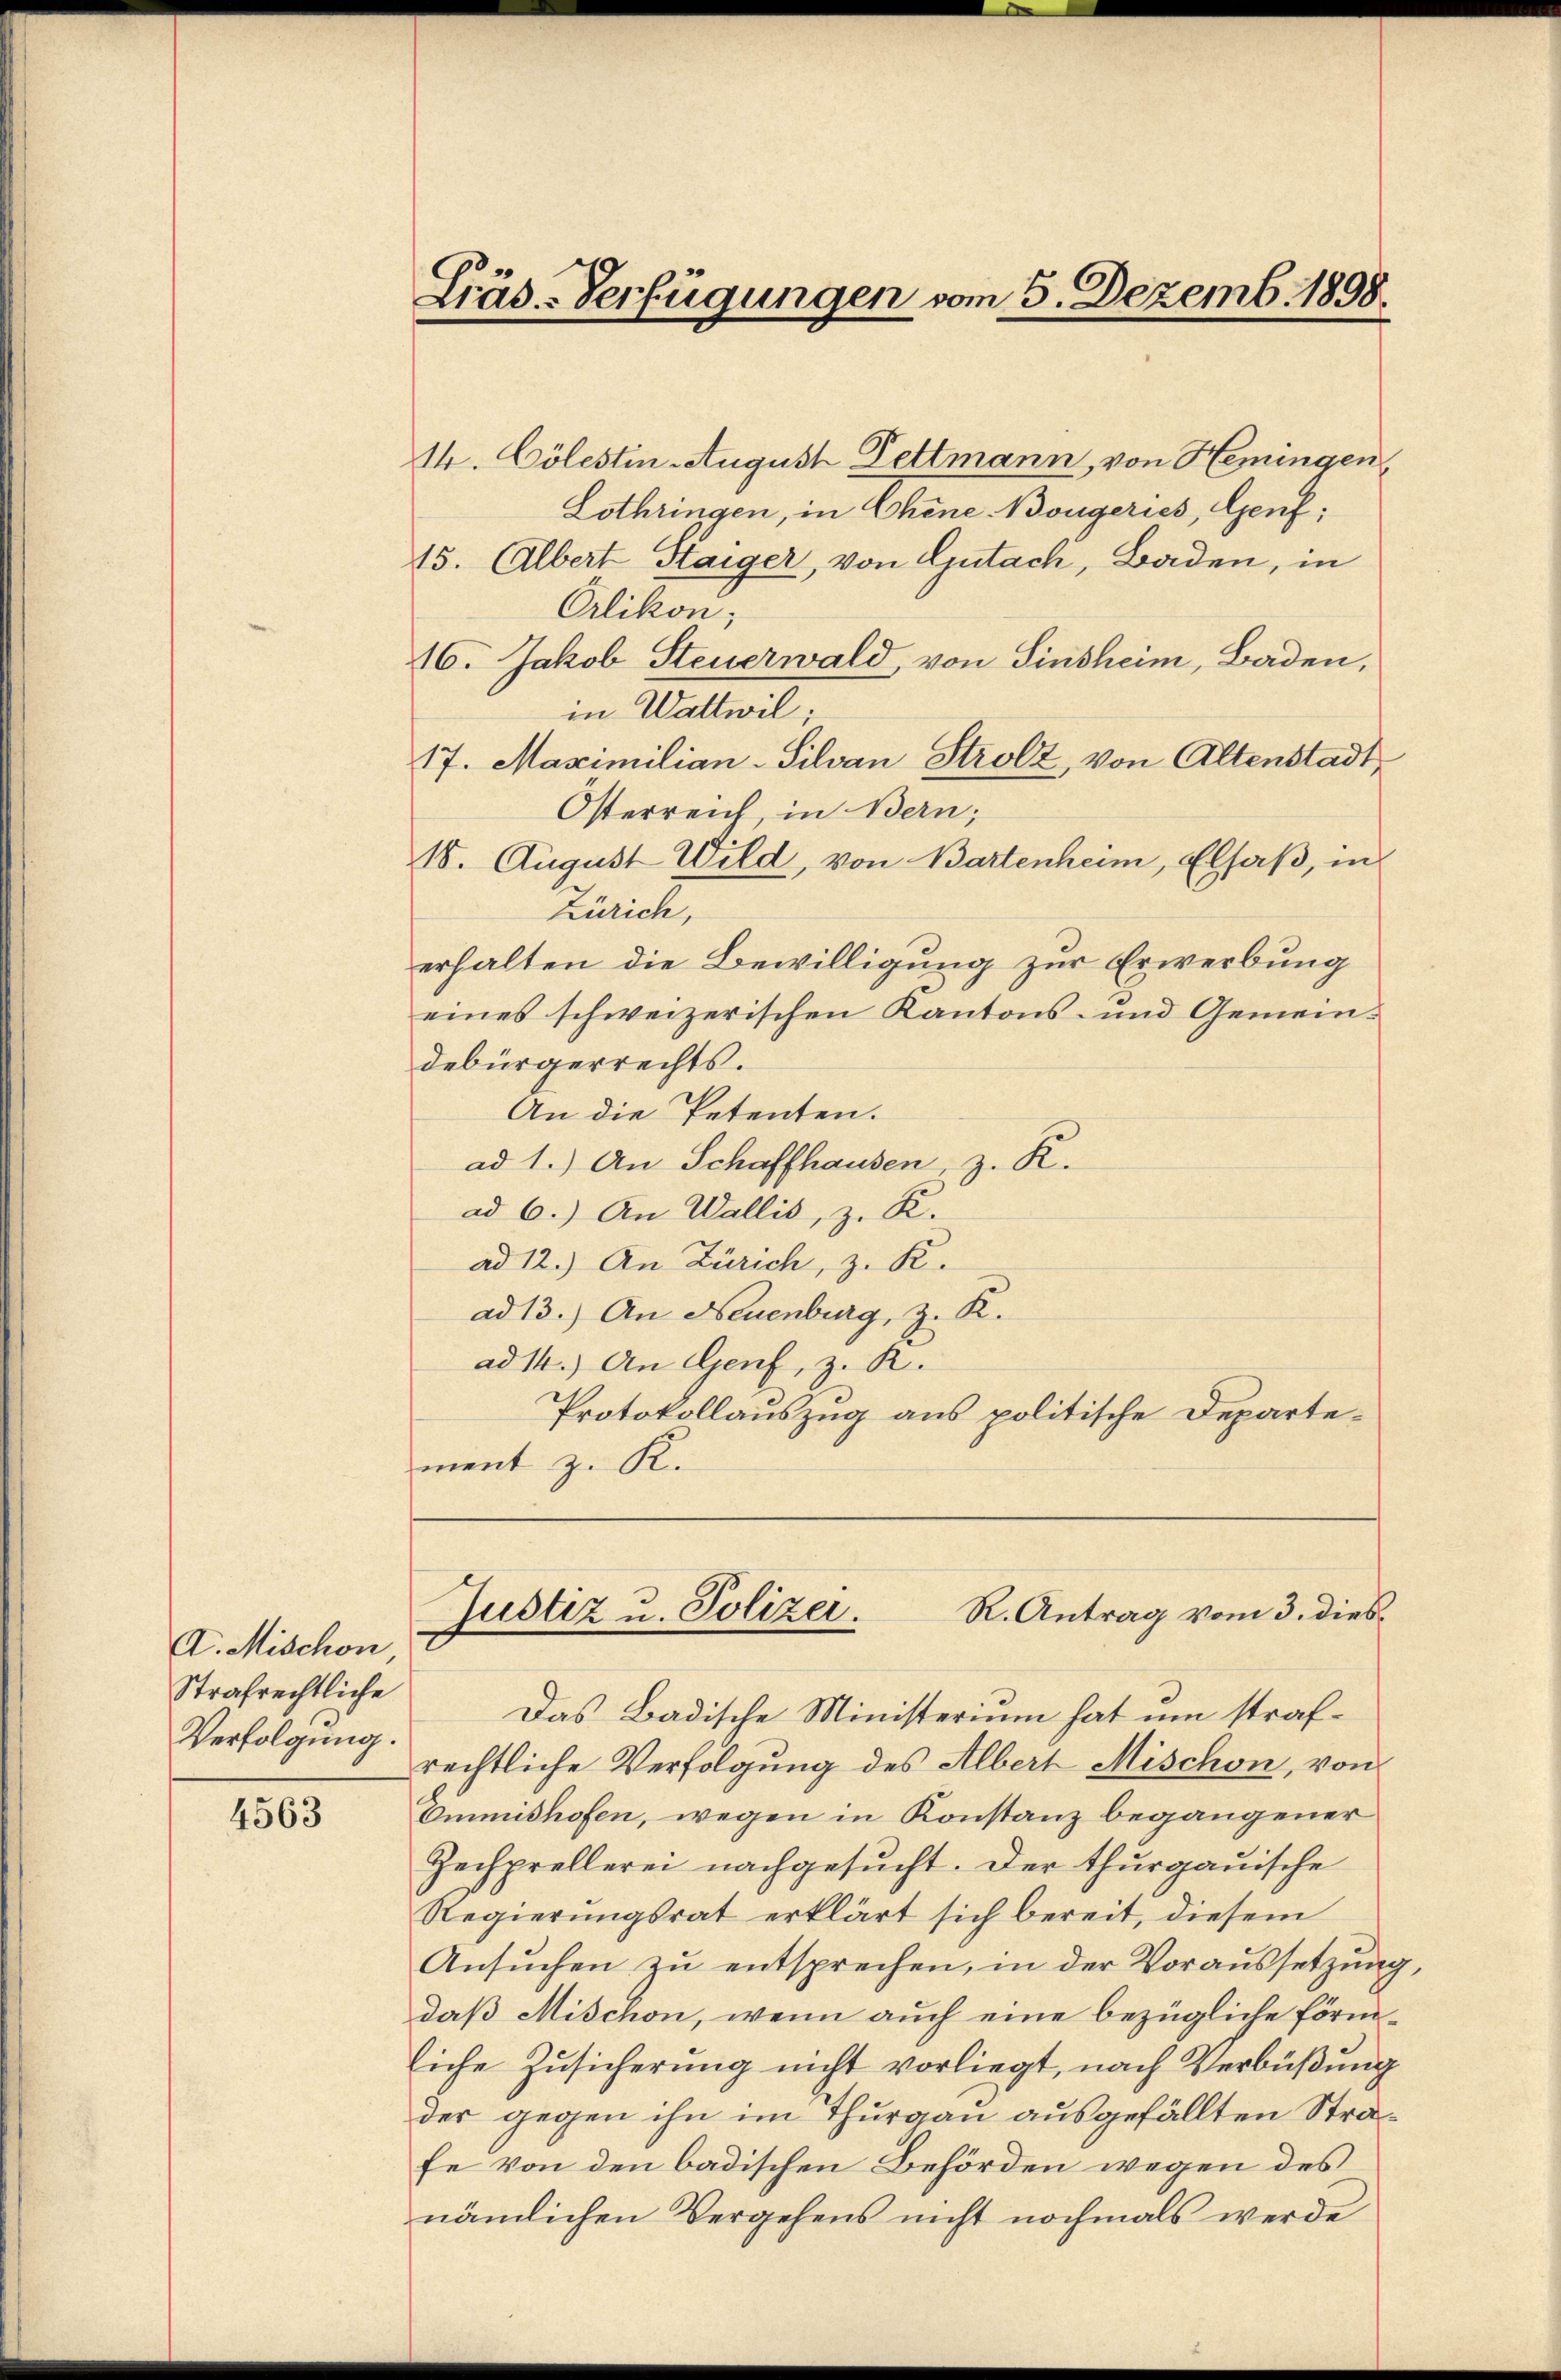
I. Mischon
Strafrechtliche
Verfolgung.

4563

Lräs-Verfügungen vom 5. Dezemb. 1898.

14. Cölestin August Dettmann, von Hemingen
Lothringen, in Chene Bougeries, Genf,
15. Albert Staiger, von Gutach, Baden, in
Orlikon;
16. Jakob Steuerwald, von Sinsheim, Baden,
in Wattwil;
17. Maximilian-Silvan Strolz, von Altenstadt,
Österreich, in Bern;
18. August Wild, von Bartenheim, Elsaß, in
Zürich,
erhalten die Bewilligung zur Erwerbung
eines schweizerischen Kantons- und Gemeindebürgerrechts.
An die Petenten.
ad 1.) An Schaffhausen, z. R.
ad 6.) An Wallis, z. K.
ad 12.) An Zürich, z. R.
ad 13.) An Neuenburg, z. R.
ad 14.) An Genf, z. R.
Protokollauszug aus politische Departement z. K.

Das Badische Ministerium hat um strafrechtliche Verfolgung des Albert Mischon, von
Ommshofen, wegen in Konstanz begangener
Zechprellerei nachgesucht. Der thurgauische
Regierŭngsrat erklärt sich bereit, diesem
Ansŭchen zŭ entsprechen, in der Voraussetzung,
daß Mischon, wenn auch eine bezügliche förmliche Zusicherung nicht vorliegt, nach Verbüßung
der gegen ihn im Thurgau ausgefällten Strafe von den badischen Behörden wegen des
nämlichen Vergehens nicht nochmals werde

R. Antrag vom 3. dies
Justiz u. Polizei.